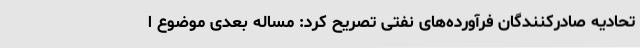
تحادیه صادرکنندگان فرآورده‌های نفتی تصریح کرد: مساله بعدی موضوع ا